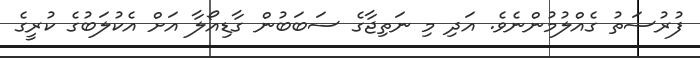
ފުރުސަތު ގެއްލުމުންނެވެ. އަދި މި ނަތިޖާގެ ސަބަބުން ގާޑިއޯލާ އަށް އެކުލަބުގެ ކުރީގެ